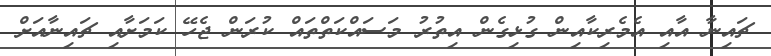
ޗައިނާ އާއި އެމެރިކާއިން ގުޅިގެން އިތުރު މަސައްކަތްތައް ކުރަން ޖެހޭ ކަަމަށާއި ޗައިނާއަށް